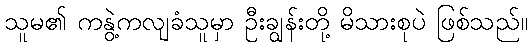
သူမ၏ ကနွဲ့ကလျခံသူမှာ ဦးချွန်းတို့ မိသားစုပဲ ဖြစ်သည်။